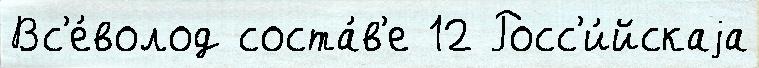
Вс'е́волод соста́в'е 12 Росс'и́йскаjа